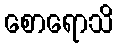
စောရောသိ